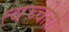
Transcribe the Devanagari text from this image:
त्वच्चेतो